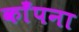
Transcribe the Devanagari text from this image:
काँपना